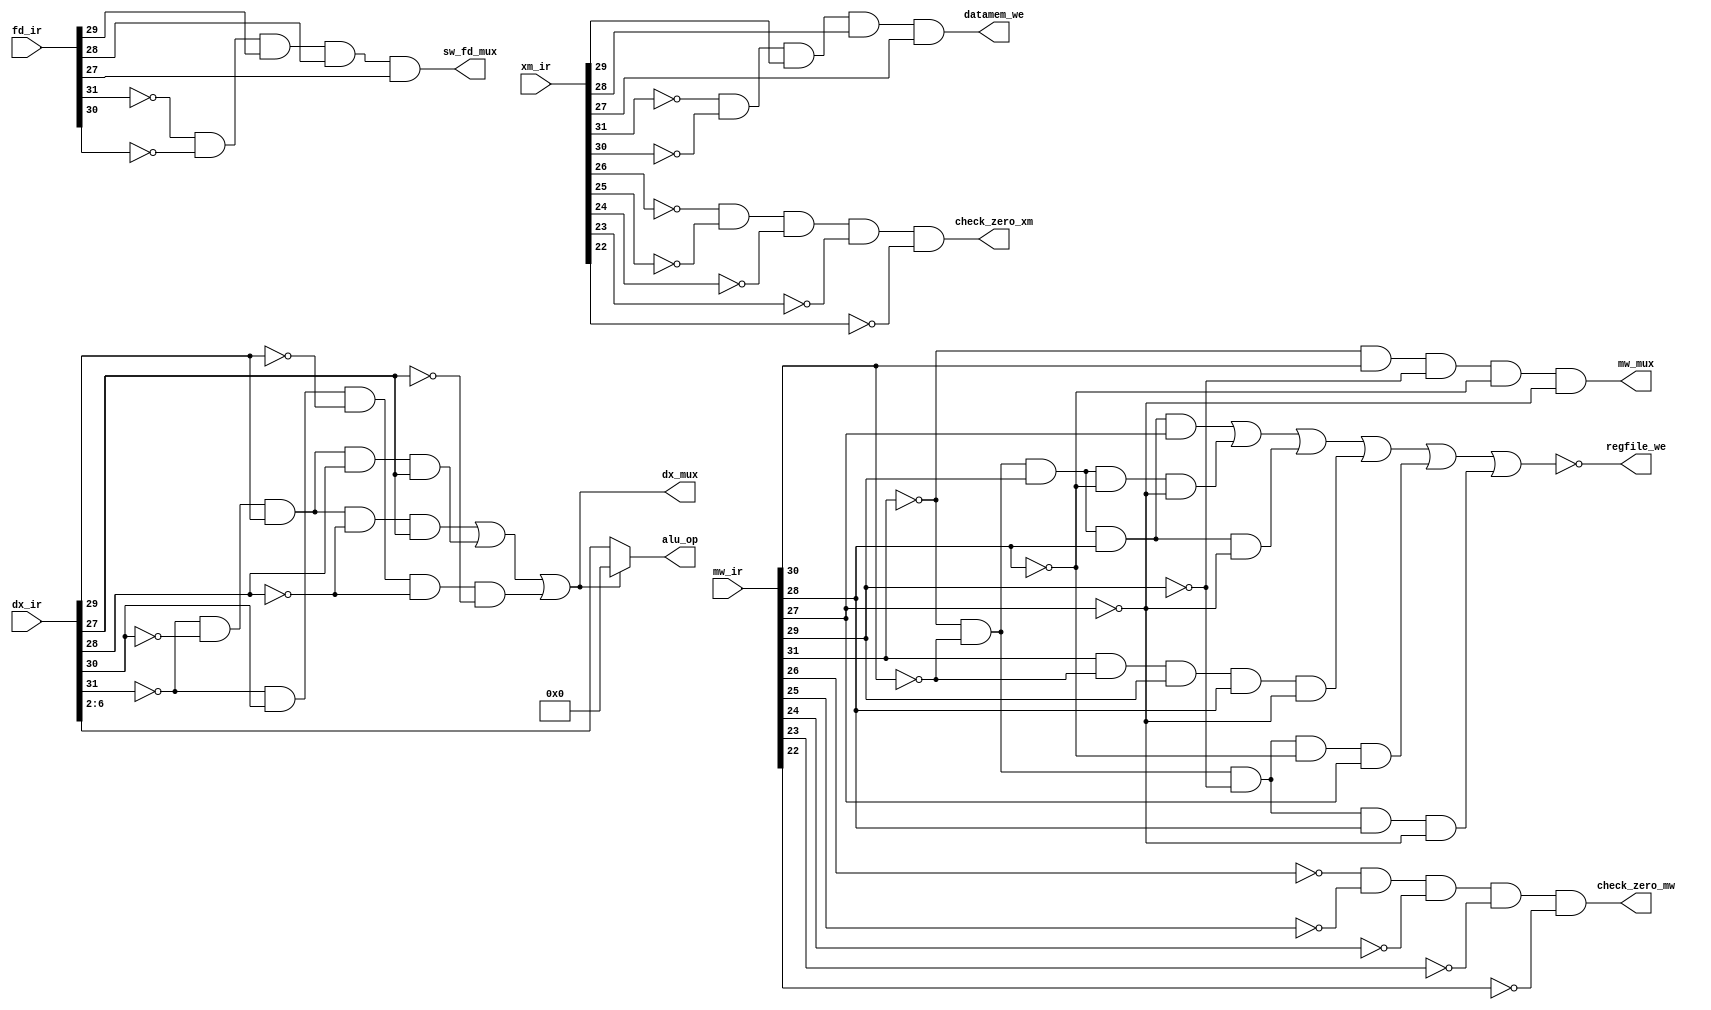
module ControlBlock(fd_ir,dx_ir,xm_ir,mw_ir,dx_mux,alu_op,datamem_we,regfile_we,mw_mux,check_zero_mw,check_zero_xm,sw_fd_mux);

    input[31:0] fd_ir,dx_ir,xm_ir,mw_ir;
    output[4:0] alu_op;
    output dx_mux,datamem_we,regfile_we,mw_mux,check_zero_mw,check_zero_xm,sw_fd_mux;

    wire w1,w2,w3,w4,w5,w6,w7,w8,w9,w10,w11,w12;

    and sw_truthtable_fd(w12,~fd_ir[31],~fd_ir[30],fd_ir[29],fd_ir[28],fd_ir[27]);

    and addi_truthtable_dx(w1,~dx_ir[31],~dx_ir[30],dx_ir[29],~dx_ir[28],dx_ir[27]);
    and sw_truthtable_dx(w2,~dx_ir[31],~dx_ir[30],dx_ir[29],dx_ir[28],dx_ir[27]);
    and lw_truthtable_dx(w3,~dx_ir[31],dx_ir[30],~dx_ir[29],~dx_ir[28],~dx_ir[27]);

    and addi_truthtable_xm(w5,~xm_ir[31],~xm_ir[30],xm_ir[29],~xm_ir[28],xm_ir[27]);
    and sw_truthtable_xm(w6,~xm_ir[31],~xm_ir[30],xm_ir[29],xm_ir[28],xm_ir[27]);
    and lw_truthtable_xm(w7,~xm_ir[31],xm_ir[30],~xm_ir[29],~xm_ir[28],~xm_ir[27]);

    and lw_truthtable_mw(w8,~mw_ir[31],mw_ir[30],~mw_ir[29],~mw_ir[28],~mw_ir[27]);
    and sw_truthtable_mw(w9,~mw_ir[31],~mw_ir[30],mw_ir[29],mw_ir[28],mw_ir[27]);
    and check_zeromw(w10,~mw_ir[26],~mw_ir[25],~mw_ir[24],~mw_ir[23],~mw_ir[22]);
    and check_zeroxm(w11,~xm_ir[26],~xm_ir[25],~xm_ir[24],~xm_ir[23],~xm_ir[22]);

    wire check_rtypewire;

    and check_rtype(check_rtypewire, ~mw_ir[31],~mw_ir[30],~mw_ir[29],~mw_ir[28],~mw_ir[27] );


    wire blt_instr,jr_instr,bex_instr,j_instr,bne_instr;
    and jr_tt(jr_instr,~mw_ir[31],~mw_ir[30],mw_ir[29],~mw_ir[28],~mw_ir[27]);
    and blt_tt(blt_instr,~mw_ir[31],~mw_ir[30],mw_ir[29],mw_ir[28],~mw_ir[27]);
    and bex_tt(bex_instr,mw_ir[31],~mw_ir[30],mw_ir[29],mw_ir[28],~mw_ir[27]);
    and j_tt(j_instr,~mw_ir[31],~mw_ir[30],~mw_ir[29],~mw_ir[28],mw_ir[27]);
    and bne_tt(bne_instr,~mw_ir[31],~mw_ir[30],~mw_ir[29],mw_ir[28],~mw_ir[27]);
    

    wire reg_write;
    or reg_write_gate(reg_write,w9,jr_instr,blt_instr,bex_instr,j_instr,bne_instr); 


    or final_dxmux(w4,w1,w2,w3);

    assign dx_mux = w4;
    
    //we know we can add if the dx_mux value is 1 because all the immediate operations use the alu to add the immediate value (addi,lw,sw)
    assign alu_op = w4 ? 5'b00000: dx_ir[6:2];

    assign datamem_we = w6;

    assign mw_mux = w8;

    assign regfile_we = ~reg_write;

    assign check_zero_mw = w10;

    assign check_zero_xm = w11;

    assign sw_fd_mux = w12;






endmodule